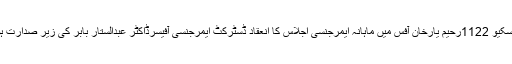
ریسکیو 1122رحیم یارخان آفس میں ماہانہ ایمرجنسی اجلاس کا انعقاد ڈسٹرکٹ ایمرجنسی آفیسرڈاکٹر عبدالستار بابر کی زیر صدارت ہوا۔